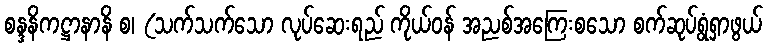
စန္ဒနိကဋ္ဌာနာနိ စ၊ (သက်သက်သော လုပ်ဆေးရည် ကိုယ်ဝန် အညစ်အကြေးစသော စက်ဆုပ်ရွံရှာဖွယ်